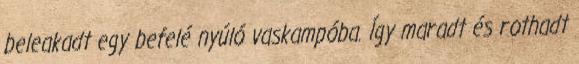
beleakadt egy befelé nyúló vaskampóba. Így maradt és rothadt